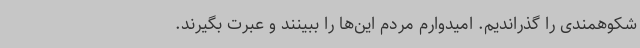
شکوهمندی را گذراندیم. امیدوارم مردم این‌ها را ببینند و عبرت بگیرند.